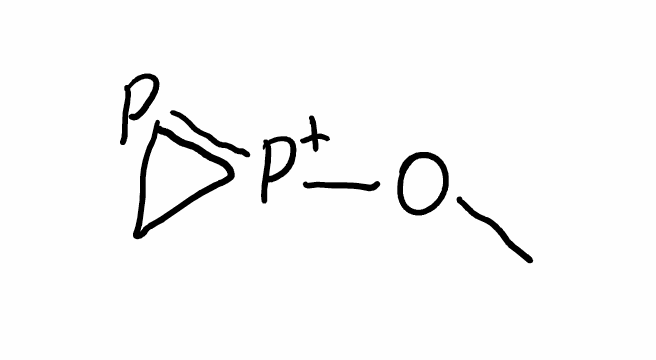
Simplified molecular-input line-entry system (SMILES) notation of the given molecule:
CO[P+]1=PC1